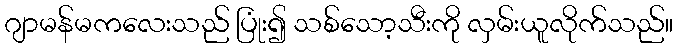
ဂျာမန်မကလေးသည် ပြုံး၍ သစ်သော့သီးကို လှမ်းယူလိုက်သည်။